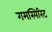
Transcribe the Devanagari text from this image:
गमस्पिरिट